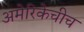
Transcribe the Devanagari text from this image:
अमेरिकेचीच